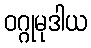
ဝဂ္ဂုမုဒါယ